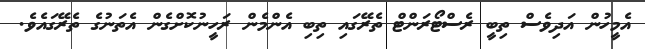
އެމީހުން އަދިވެސް ތިބީ ރެސްޓޯރަންޓް ތެރޭގައި ތިބި އެންމެން ރަހީނުކޮށްގެން އެތަނުގެ ތެރޭގައެވެ.